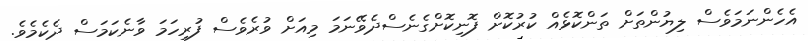
އެހެންނަމަވެސް ލިޔުންތަށްް ތަންކޮޅެއް ކުރުކޮށް ފޮނިކޮށްގެނެސްދެވޭނަމަ މިއަށް ވުރެވެސް ފުރިހަމަ ވާނެކަމަސް ދެކެމެވެ.